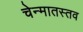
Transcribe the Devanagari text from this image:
चेन्मातस्तव